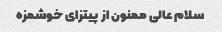
سلام عالی ممنون از پیتزای خوشمزه